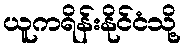
ယူကရိန်းနိုင်ငံသို့